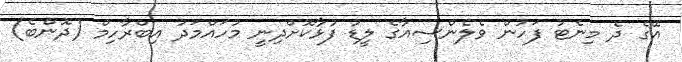
އޭގެ ދެ މިނެޓު ފަހުން ވެލެންސިއާގެ ލީޑު ފުޅާކޮށްދިނީ މުހައްމަދު އިބްރާހިމް (ދޮންބެ)